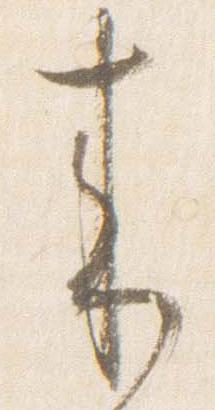
来